Indian journal of veterinary science and animal husbandry - Volume 12,
Year: 1942
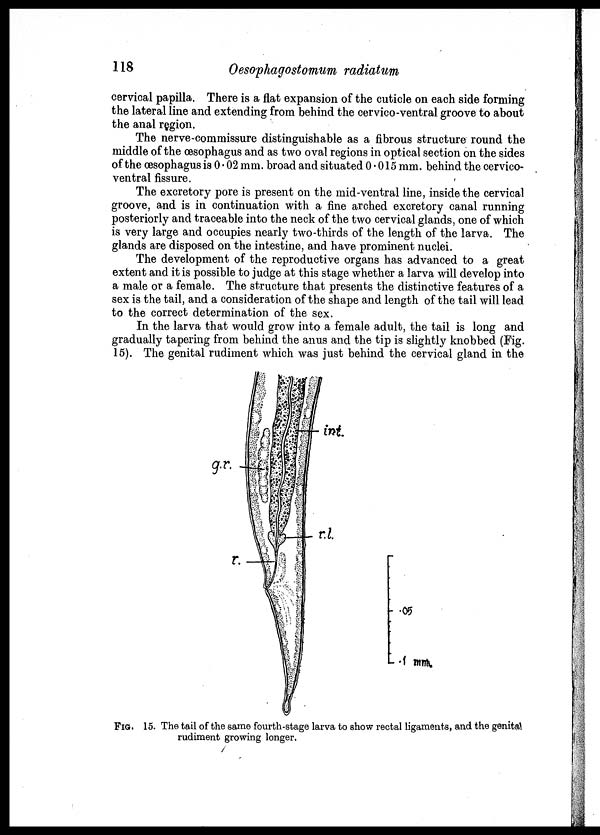
118
Oesophagostomum radiatum
cervical papilla. There is a flat expansion of the cuticle on each side forming
the lateral line and extending from behind the cervico-ventral groove to about
the anal region.
The nerve-commissure distinguishable as a fibrous structure round the
middle of the œsophagus and as two oval regions in optical section on the sides
of the œsophagus is 0.02 mm. broad and situated 0.015 mm. behind the cervico¬
ventral fissure.
The excretory pore is present on the mid-ventral line, inside the cervical
groove, and is in continuation with a fine arched excretory canal running
posteriorly and traceable into the neck of the two cervical glands, one of which
is very large and occupies nearly two-thirds of the length of the larva. The
glands are disposed on the intestine, and have prominent nuclei.
The development of the reproductive organs has advanced to a great
extent and it is possible to judge at this stage whether a larva will develop into
a male or a female. The structure that presents the distinctive features of a
sex is the tail, and a consideration of the shape and length of the tail will lead
to the correct determination of the sex.
In the larva that would grow into a female adult, the tail is long and
gradually tapering from behind the anus and the tip is slightly knobbed (Fig.
15). The genital rudiment which was just behind the cervical gland in the
FIG. 15. The tail of the same fourth-stage larva to show rectal ligaments, and the genital
rudiment growing longer.